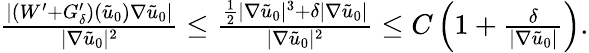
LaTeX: \begin{array}{r}{\frac{|(W^{\prime}+G_{\delta}^{\prime})(\tilde{u}_{0})\nabla\tilde{u}_{0}|}{|\nabla\tilde{u}_{0}|^{2}}\leq\frac{\frac{1}{2}|\nabla\tilde{u}_{0}|^{3}+\delta|\nabla\tilde{u}_{0}|}{|\nabla\tilde{u}_{0}|^{2}}\leq C\left(1+\frac{\delta}{|\nabla\tilde{u}_{0}|}\right).}\end{array}